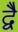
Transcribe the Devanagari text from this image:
द्वेै